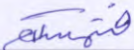
فتمسكم